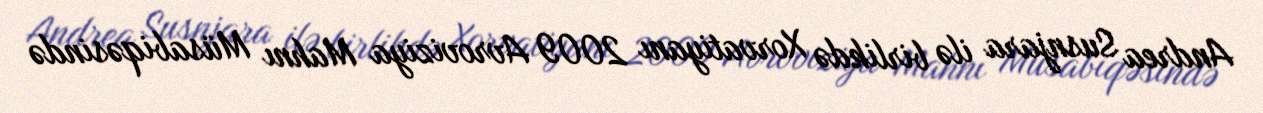
Andrea Susnjara ilə birlikdə Xorvatiyanı 2009 Avroviziya Mahnı Müsabiqəsində